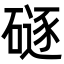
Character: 𪿯